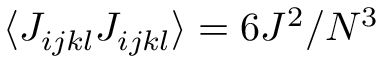
\langle J _ { i j k l } J _ { i j k l } \rangle = 6 J ^ { 2 } / N ^ { 3 }